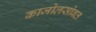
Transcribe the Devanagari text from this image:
काजोलसोबत